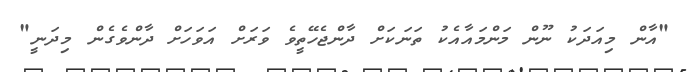
"އާން މިއަދަކު ނޫން މަންމައާއެކު ތަނަކަށް ދާންޖެހޭތީވެ ވަރަށް އަވަހަށް ދާންވެގެން މިދަނީ"